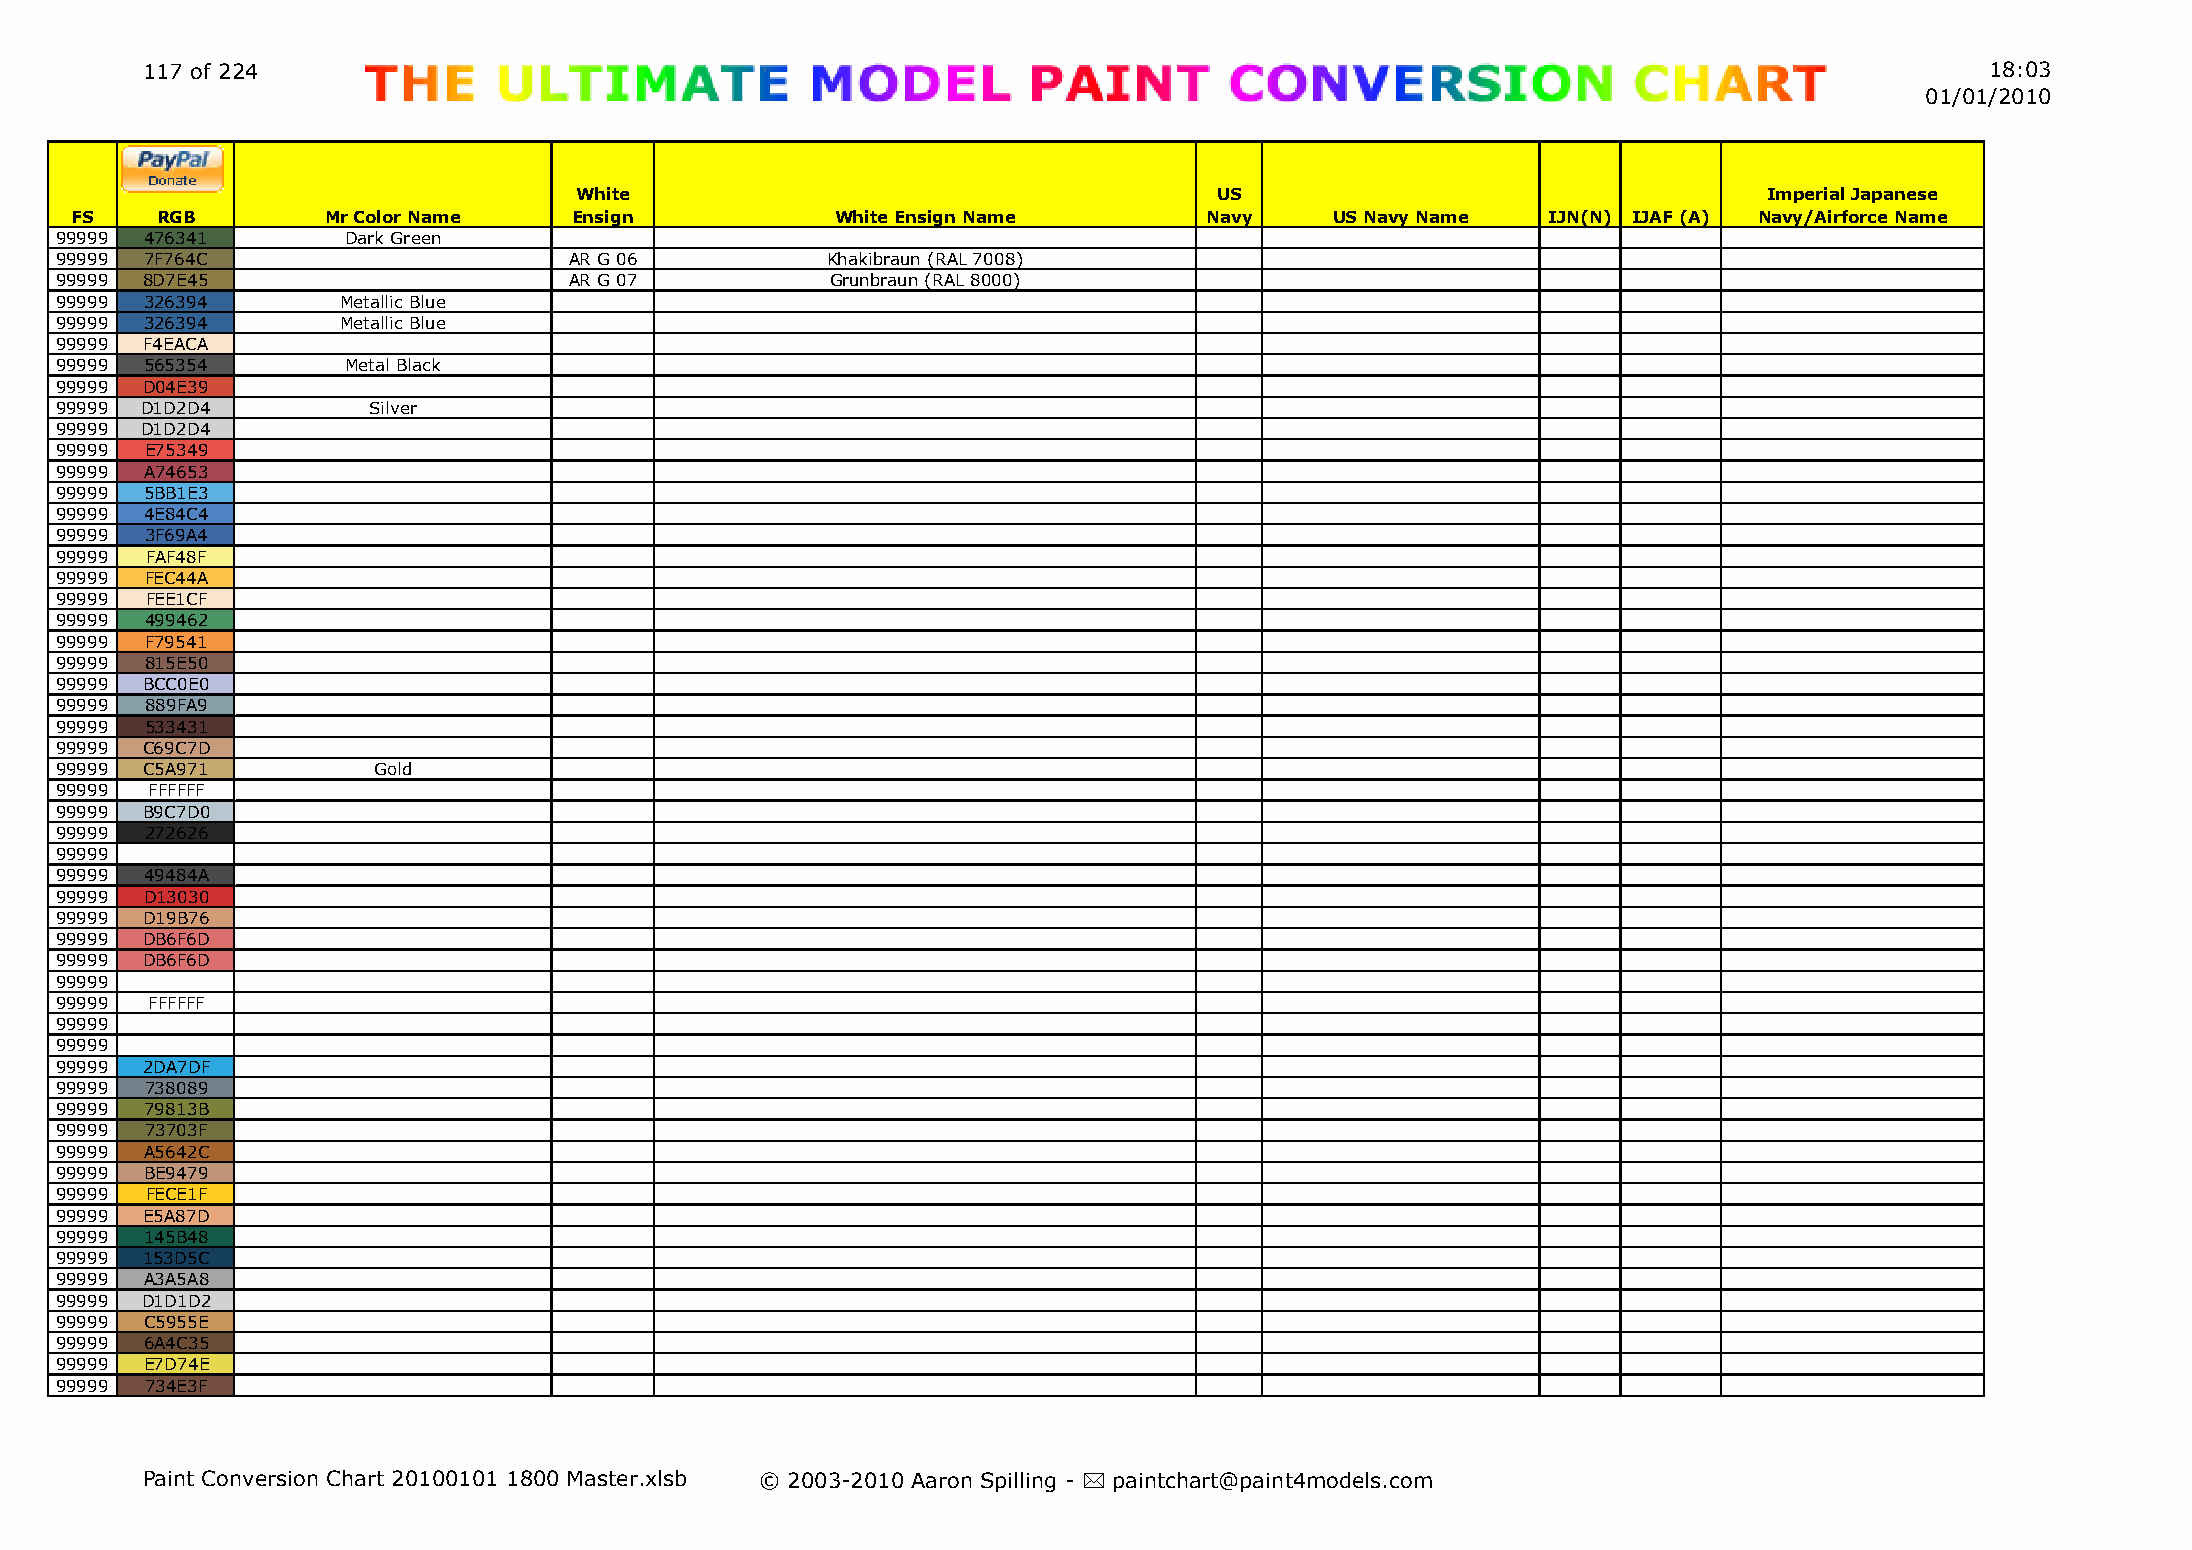
117 of 224                                                                                                                 18:03
 01/01/2010
 White                                      US                                  Imperial Japanese
 FS   RGB         Mr Color Name   Ensign           White Ensign Name        Navy    US Navy Name  IJN(N) IJAF (A) Navy/Airforce Name
 99999 476341       Dark Green
 99999 7F764C                      AR G 06          Khakibraun (RAL 7008)
 99999 8D7E45                      AR G 07          Grunbraun (RAL 8000)
 99999 326394       Metallic Blue
 99999 326394       Metallic Blue
 99999 F4EACA
 99999 565354       Metal Black
 99999 D04E39
 99999 D1D2D4        Silver
 99999 D1D2D4
 99999 E75349
 99999 A74653
 99999 5BB1E3
 99999 4E84C4
 99999 3F69A4
 99999 FAF48F
 99999 FEC44A
 99999 FEE1CF
 99999 499462
 99999 F79541
 99999 815E50
 99999 BCC0E0
 99999 889FA9
 99999 533431
 99999 C69C7D
 99999 C5A971         Gold
 99999 FFFFFF
 99999 B9C7D0
 99999 272626
 99999
 99999 49484A
 99999 D13030
 99999 D19B76
 99999 DB6F6D
 99999 DB6F6D
 99999
 99999 FFFFFF
 99999
 99999
 99999 2DA7DF
 99999 738089
 99999 79813B
 99999 73703F
 99999 A5642C
 99999 BE9479
 99999 FECE1F
 99999 E5A87D
 99999 145B48
 99999 153D5C
 99999 A3A5A8
 99999 D1D1D2
 99999 C5955E
 99999 6A4C35
 99999 E7D74E
 99999 734E3F
 Paint Conversion Chart 20100101 1800 Master.xlsb © 2003-2010 Aaron Spilling - * paintchart@paint4models.com